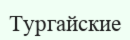
Тургайские